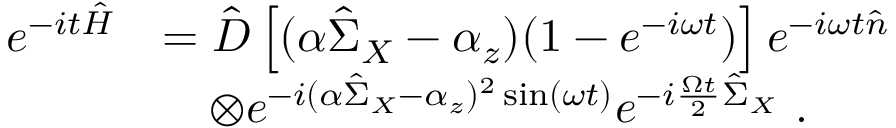
\begin{array} { r l } { e ^ { - i t \hat { H } } } & { = \hat { D } \left[ ( \alpha \hat { \Sigma } _ { X } - \alpha _ { z } ) ( 1 - e ^ { - i \omega t } ) \right] e ^ { - i \omega t \hat { n } } } \\ & { \quad \otimes e ^ { - i ( \alpha \hat { \Sigma } _ { X } - \alpha _ { z } ) ^ { 2 } \sin ( \omega t ) } e ^ { - i \frac { \Omega t } { 2 } \hat { \Sigma } _ { X } } \ . } \end{array}